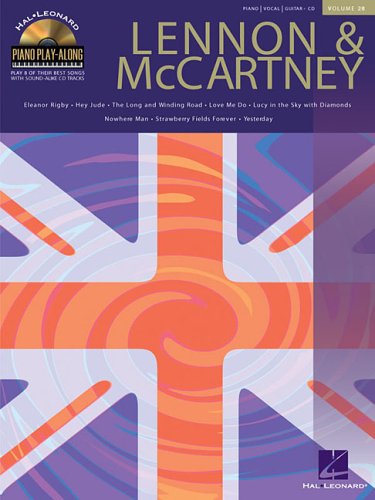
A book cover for Lennon & McCartney: Piano Play-Along Volume 28; The Beatles; Humor & Entertainment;